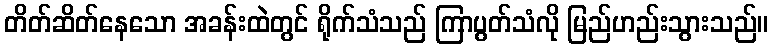
တိတ်ဆိတ်နေသော အခန်းထဲတွင် ရိုက်သံသည် ကြာပွတ်သံလို မြည်ဟည်းသွားသည်။